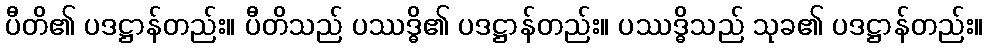
ပီတိ၏ ပဒဋ္ဌာန်တည်း။ ပီတိသည် ပဿဒ္ဓိ၏ ပဒဋ္ဌာန်တည်း။ ပဿဒ္ဓိသည် သုခ၏ ပဒဋ္ဌာန်တည်း။